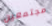
مجتمعين